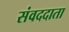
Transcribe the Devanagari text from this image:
संवददाता